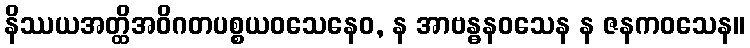
နိဿယအတ္ထိအဝိဂတပစ္စယဝသေနေဝ, န အာဗန္ဓနဝသေန န ဇနကဝသေန။